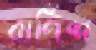
বার্ণিশ